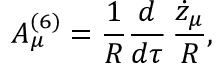
A _ { \mu } ^ { ( 6 ) } = { \frac { 1 } { R } } { \frac { d } { d \tau } } \, { \frac { \dot { z } _ { \mu } } { R } } ,